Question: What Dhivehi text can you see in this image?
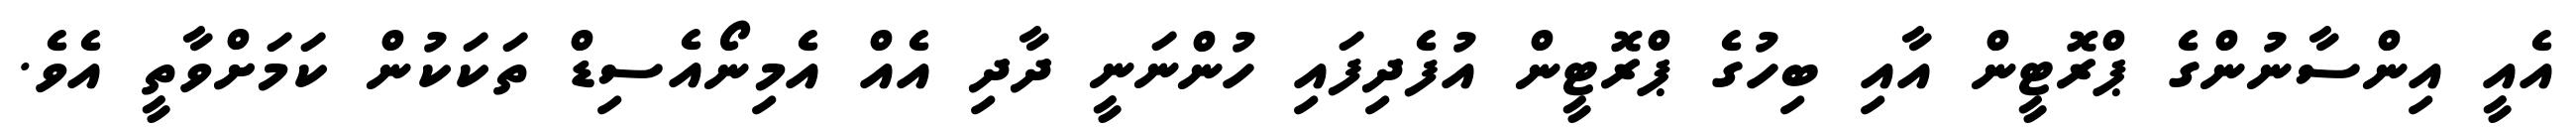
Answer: އެއީ އިންސާނުންގެ ޕްރޮޓީން އާއި ބިހުގެ ޕްރޮޓީން އުފެދިފައި ހުންނަނީ ދާދި އެއް އެމިނޯއެސިޑް ތަކަކުން ކަމަށްވާތީ އެވެ.